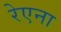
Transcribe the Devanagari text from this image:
रेएना